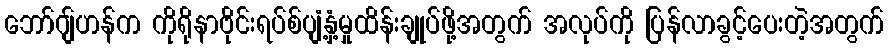
ဘော်ဂျ်ဟန်က ကိုရိုနာဗိုင်းရပ်စ်ပျံ့နှံ့မှုထိန်းချုပ်ဖို့အတွက် အလုပ်ကို ပြန်လာခွင့်ပေးတဲ့အတွက်